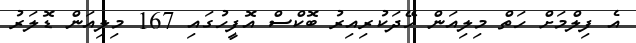
އެ ފިލްމަށް ހަތް މިލިއަން ހޭދަކުރިއިރު ބޮކްސް އޮފީހުގައި 167 މިލިއަން ޑޮލަރު